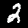
Digit: 2